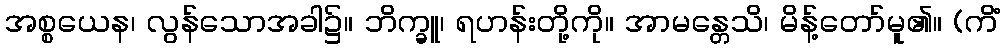
အစ္စယေန၊ လွန်သောအခါ၌။ ဘိက္ခူ၊ ရဟန်းတို့ကို။ အာမန္တေသိ၊ မိန့်တော်မူ၏။ (ကိံ